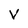
Character: v